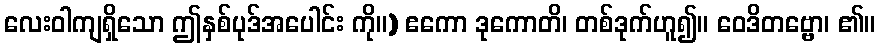
လေးဝါကျရှိသော ဤနှစ်ပုဒ်အပေါင်း ကို။) ဧကော ဒုကောတိ၊ တစ်ဒုက်ဟူ၍။ ဝေဒိတဗ္ဗော၊ ၏။